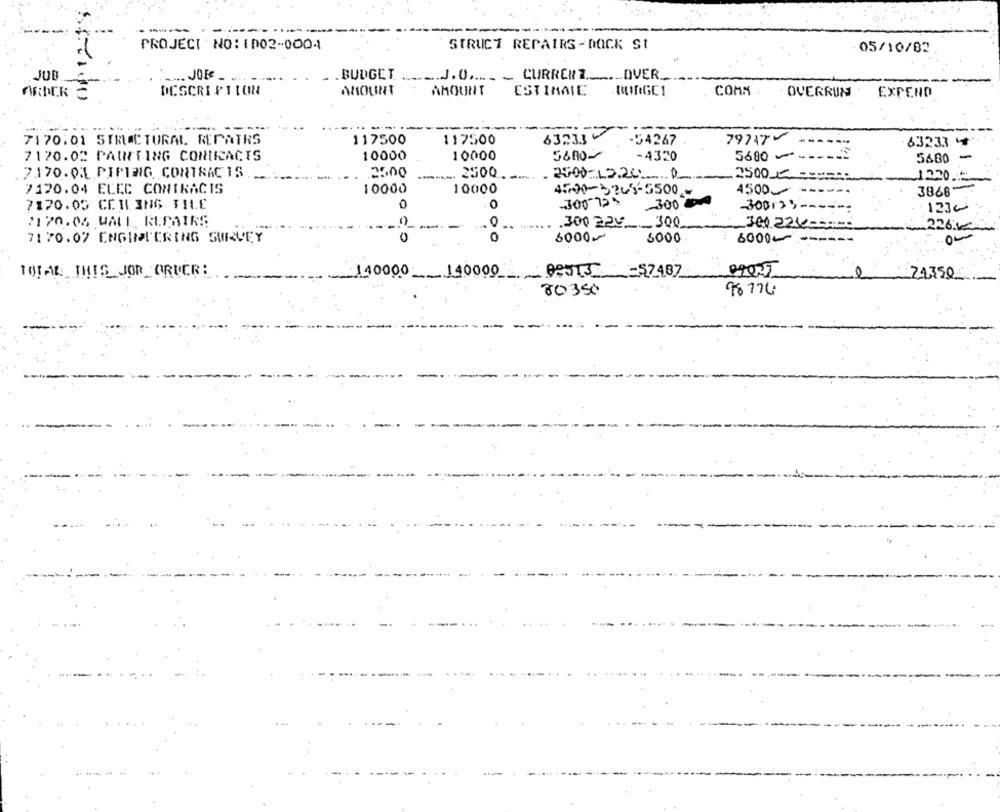
-----
PROJECT NO : 1002-000A
STRUCT REPAIRS-DOCK SI
05/10/82
.JUB
.. JOEE
. . BUDGET ..
... J.O ...._ _ CURRENT ......_ DVER ._
DESCRIPTION
MOUNT
AMOUNT
ESTIMATE
COMM .
OVERRUN
EXPEND
63233
7170.01 STRUCTURAL REPAIRS
117500
117500
-54267
79747
63233 4
5680-
7170.02 PARETING COMICACTS
10000
10000
-4320
5680 -.
5680 -
.7170.01 PIPING, CONTRAC IS
2500
2500.
2500-12200
.2500 €
1220.
7120.04 ELEC CONTRACIS
10000
10000
4500-5248-5500
4500-
3868
0
-300 72 3
300
7170.03 CEILING TILE
0
300133-
1230
0
2170.05 WAL REPAIRS
300 229_ 300
300 224 ----
226€
0
7170.07 ENGHATERING SURVEY
6000
5000
6000-
TOTAL THIS JOR ORUCR:
110000 140000
POST3 -57487
24.350
80350
96 174